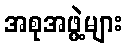
အစုအဖွဲ့များ